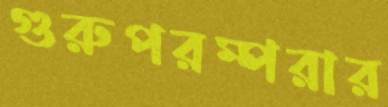
গুরুপরম্পরার